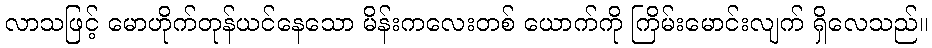
လာသဖြင့် မောဟိုက်တုန်ယင်နေသော မိန်းကလေးတစ် ယောက်ကို ကြိမ်းမောင်းလျက် ရှိလေသည်။